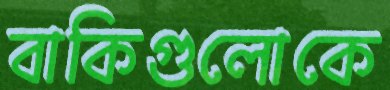
বাকিগুলোকে